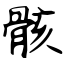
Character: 骸